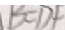
B = D F